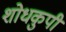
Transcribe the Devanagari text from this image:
शोधकुपी